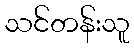
သင်တန်းသူ